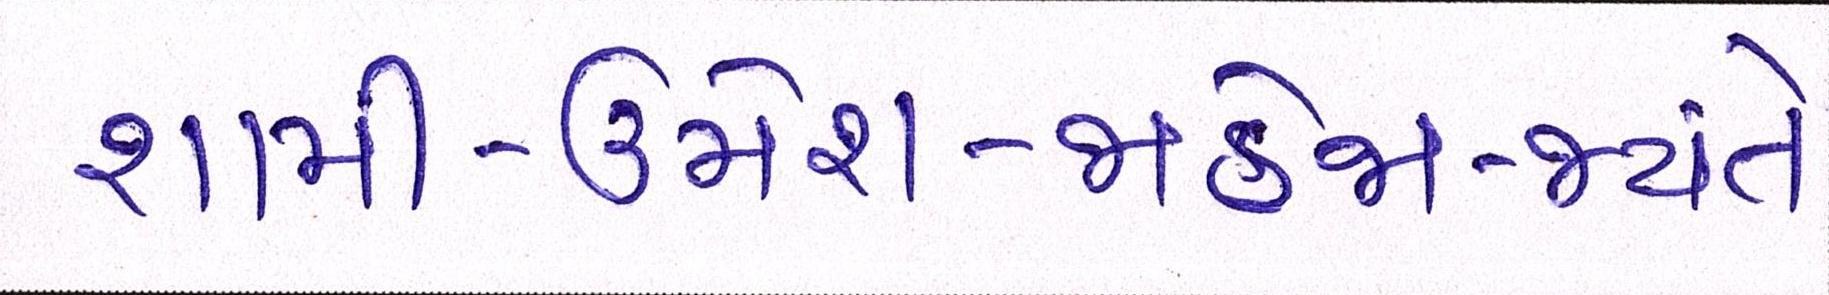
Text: શામી-ઉમેશ-જાડેજા-જયંતે